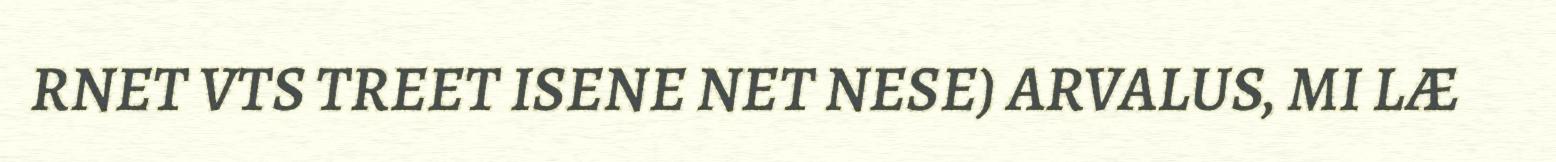
RNET VTS TREET ISENE NET NESE) ARVALUS, MI LÆ